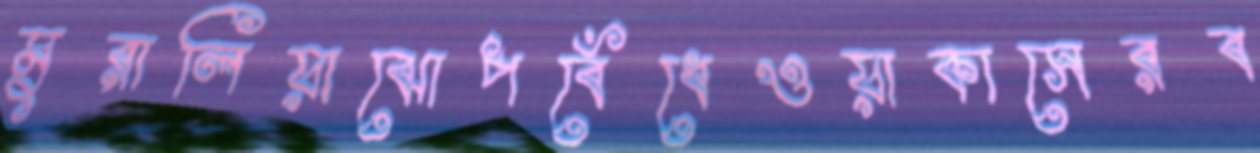
মুরালিয়াঝোপবেঁধেওয়াকাসেরব